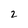
Character: 2